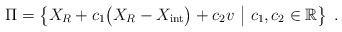
LaTeX: \begin{align*}\Pi = \left\{ X_R + c_1 \big( X_R - X_{\rm int} \big) + c_2 v ~\middle|~ c_1, c_2 \in \mathbb{R} \right\} \;.\end{align*}